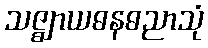
သဇ္ဈာယဓနဓညာသုံ